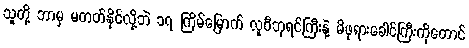
သူတို့ ဘာမှ မတတ်နိုင်လို့ဘဲ ၁၇ ကြိမ်မြောက် လူဝီဘုရင်ကြီးနဲ့ မိဖုရားခေါင်ကြီးကိုတောင်